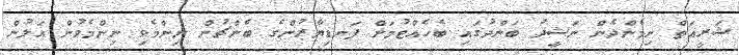
ޝަރީއަތް ނިމެންދެން ނަޝީދު ބަންދުގައި ބެހެއްޓުމަށް ފަނޑިޔާރުންގެ ބެންޗުން ނިންމެވި ނިންމެވުން އަލުން